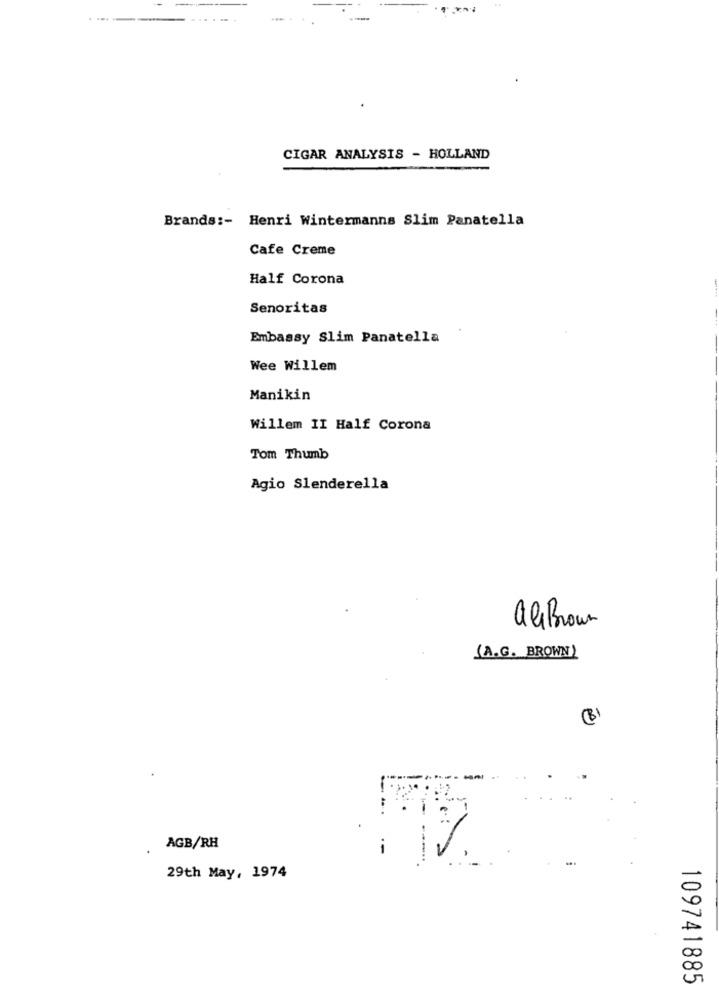
CIGAR ANALYSIS - HOLLAND
Brands :- Henri Wintermanns Slim Panatella
Cafe Creme
Half Corona
Senoritas
Embassy Slim Panatella
Wee Willem
Manikin
Willem II Half Corona
Tom Thumb
Agio Slenderella
alBrown
(A.G. BROWN)
(B
AGB/RH
--
29th May, 1974
109741885